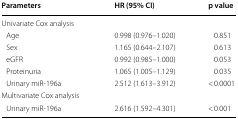
<table><thead><tr><td><b>Parameters</b></td><td><b>HR (95% CI)</b></td><td><b>p value</b></td></tr></thead><tbody><tr><td colspan="3">Univariate Cox analysis</td></tr><tr><td> Age</td><td>0.998 (0.976–1.020)</td><td>0.851</td></tr><tr><td> Sex</td><td>1.165 (0.644–2.107)</td><td>0.613</td></tr><tr><td> eGFR</td><td>0.992 (0.985–1.000)</td><td>0.053</td></tr><tr><td> Proteinuria</td><td>1.065 (1.005–1.129)</td><td>0.035</td></tr><tr><td> Urinary miR-196a</td><td>2.512 (1.613–3.912)</td><td>&lt; 0.0001</td></tr><tr><td colspan="3">Multivariate Cox analysis</td></tr><tr><td> Urinary miR-196a</td><td>2.616 (1.592–4.301)</td><td>&lt; 0.001</td></tr></tbody></table>